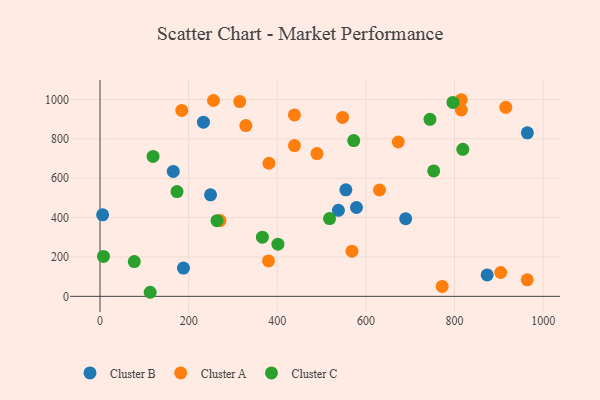
{"axis": {"x": "Study Hours", "y": "Yield"}, "legend": ["Cluster A", "Cluster B", "Cluster C"], "data": [{"x": "188.3", "y": 143.4, "type": "Cluster B"}, {"x": "233.4", "y": 884.4, "type": "Cluster B"}, {"x": "689.7", "y": 394.7, "type": "Cluster B"}, {"x": "5.9", "y": 413.9, "type": "Cluster B"}, {"x": "578.7", "y": 451.3, "type": "Cluster B"}, {"x": "964.3", "y": 830.6, "type": "Cluster B"}, {"x": "554.8", "y": 540.9, "type": "Cluster B"}, {"x": "249.4", "y": 515.8, "type": "Cluster B"}, {"x": "165.3", "y": 634.2, "type": "Cluster B"}, {"x": "873.6", "y": 109.0, "type": "Cluster B"}, {"x": "537.9", "y": 436.7, "type": "Cluster B"}, {"x": "315.3", "y": 989.2, "type": "Cluster A"}, {"x": "630.6", "y": 540.1, "type": "Cluster A"}, {"x": "438.6", "y": 921.5, "type": "Cluster A"}, {"x": "184.5", "y": 944.4, "type": "Cluster A"}, {"x": "489.6", "y": 724.8, "type": "Cluster A"}, {"x": "270.7", "y": 385.0, "type": "Cluster A"}, {"x": "964.0", "y": 83.9, "type": "Cluster A"}, {"x": "256.0", "y": 994.6, "type": "Cluster A"}, {"x": "438.7", "y": 765.6, "type": "Cluster A"}, {"x": "673.0", "y": 783.8, "type": "Cluster A"}, {"x": "381.2", "y": 675.9, "type": "Cluster A"}, {"x": "329.1", "y": 867.1, "type": "Cluster A"}, {"x": "815.3", "y": 946.4, "type": "Cluster A"}, {"x": "547.3", "y": 908.7, "type": "Cluster A"}, {"x": "380.2", "y": 179.9, "type": "Cluster A"}, {"x": "915.6", "y": 959.9, "type": "Cluster A"}, {"x": "568.5", "y": 229.4, "type": "Cluster A"}, {"x": "904.1", "y": 121.2, "type": "Cluster A"}, {"x": "772.1", "y": 50.4, "type": "Cluster A"}, {"x": "815.3", "y": 998.5, "type": "Cluster A"}, {"x": "366.4", "y": 300.7, "type": "Cluster C"}, {"x": "752.9", "y": 636.9, "type": "Cluster C"}, {"x": "7.8", "y": 202.6, "type": "Cluster C"}, {"x": "517.9", "y": 395.0, "type": "Cluster C"}, {"x": "744.5", "y": 899.2, "type": "Cluster C"}, {"x": "119.7", "y": 710.8, "type": "Cluster C"}, {"x": "77.3", "y": 176.5, "type": "Cluster C"}, {"x": "173.7", "y": 532.2, "type": "Cluster C"}, {"x": "113.2", "y": 20.7, "type": "Cluster C"}, {"x": "572.5", "y": 791.2, "type": "Cluster C"}, {"x": "401.4", "y": 265.1, "type": "Cluster C"}, {"x": "264.0", "y": 384.3, "type": "Cluster C"}, {"x": "818.6", "y": 746.6, "type": "Cluster C"}, {"x": "796.4", "y": 984.9, "type": "Cluster C"}]}